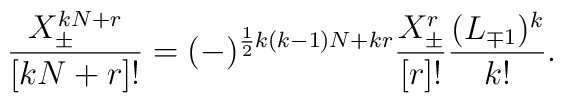
\frac{X_\pm^{kN+r}}{[kN+r]!} = (-)^{\frac{1}{2} k(k-1)N+kr}\frac{X_\pm^r}{[r]!}\frac{(L_{\mp1})^k}{k!}.